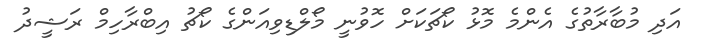
އަދި މުބާރާތުގެ އެންމެ މޮޅު ކޯޗަކަށް ހޮވުނީ މޯލްޑިވިއަންގެ ކޯޗު އިބްރާހިމް ރަޝީދު